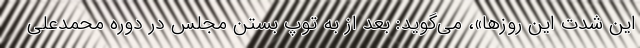
این شدت این روزها»، می‌گوید: بعد از به توپ بستن مجلس در دوره محمدعلی